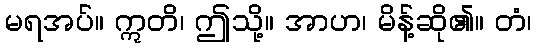
မရအပ်။ ဣတိ၊ ဤသို့။ အာဟ၊ မိန့်ဆို၏။ တံ၊